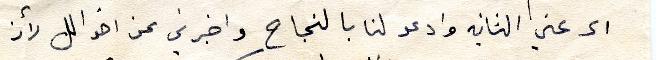
الى عني الثانيه وادعو لنا بالنجاح واخبرني عن اخوالك لأن